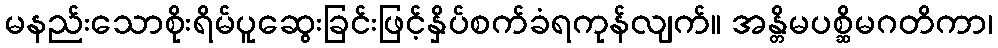
မနည်းသောစိုးရိမ်ပူဆွေးခြင်းဖြင့်နှိပ်စက်ခံရကုန်လျက်။ အန္တိမပစ္ဆိမဂတိကာ၊